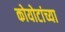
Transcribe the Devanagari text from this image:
कोयोटांच्या